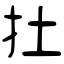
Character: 扗